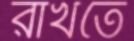
রাখতে